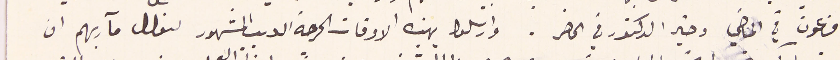
فرعون في الماضي وخير الدكتور في الحاضر. وارسلوا بهذه الاوقات الحرجة الديب المشهور لنعلل مآربهم ان